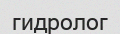
гидролог